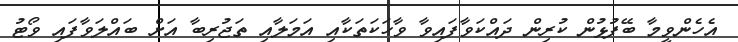
އެހެންވީމާ ބޭފުޅުން ކުރިން ދައްކަވާފައިވާ ވާހަކަތަކާއި އަމަލާއި ތަޖުރިބާ އަށް ބައްލަވާފައި ވޯޓު